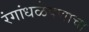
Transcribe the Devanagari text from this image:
रंगांधळेपणाचा